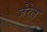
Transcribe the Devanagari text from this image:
जेरेल